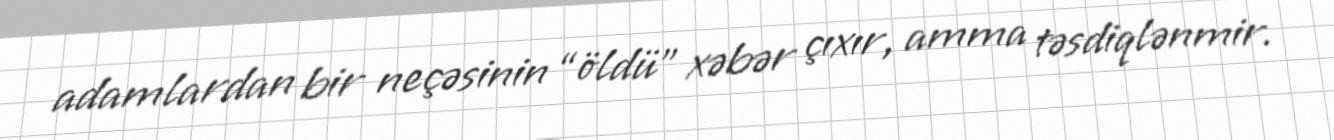
adamlardan bir neçəsinin “öldü” xəbər çıxır, amma təsdiqlənmir.